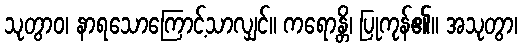
သုတွာဝ၊ နာရသောကြောင့်သာလျှင်။ ကရောန္တိ၊ ပြုကုန်၏။ အသုတွာ၊